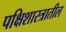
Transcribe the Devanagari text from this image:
पक्षिशास्त्रातील